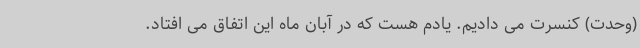
(وحدت) کنسرت می دادیم. یادم هست که در آبان ماه این اتفاق می افتاد.